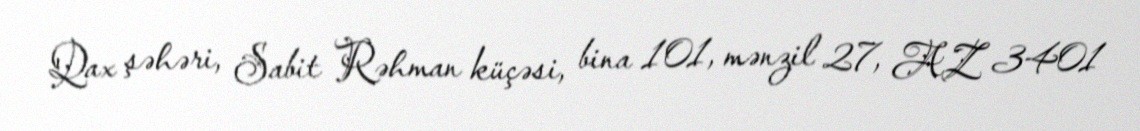
Qax şəhəri, Sabit Rəhman küçəsi, bina 101, mənzil 27, AZ 3401